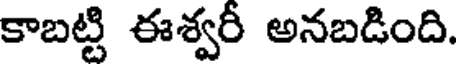
కాబట్టి ఈశ్వరీ అనబడింది.